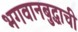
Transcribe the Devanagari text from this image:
भगवानबुद्धाची